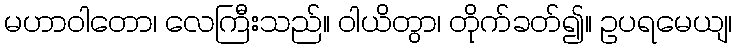
မဟာဝါတော၊ လေကြီးသည်။ ဝါယိတွာ၊ တိုက်ခတ်၍။ ဥပရမေယျ၊